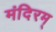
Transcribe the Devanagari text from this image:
मंदिरम्‌